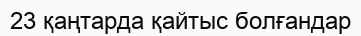
23 қаңтарда қайтыс болғандар